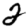
Digit: 2